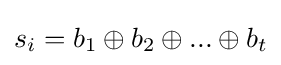
s_{i}=b_{1}\oplus b_{2}\oplus ...\oplus b_{t}